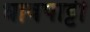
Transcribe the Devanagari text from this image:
धावपाट्टी